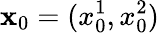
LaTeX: \mathbf{x}_{0}=(x_{0}^{1},x_{0}^{2})